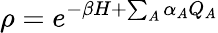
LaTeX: \rho=e^{-\beta H+\sum_{A}\alpha_{A}Q_{A}}